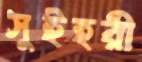
সুইহরী